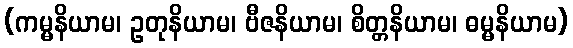
(ကမ္မနိယာမ၊ ဥတုနိယာမ၊ ဗီဇနိယာမ၊ စိတ္တနိယာမ၊ ဓမ္မနိယာမ)